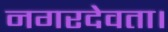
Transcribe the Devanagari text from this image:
नगरदेवता।